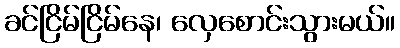
ခင်ငြိမ်ငြိမ်နေ၊ လှေစောင်းသွားမယ်။